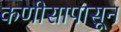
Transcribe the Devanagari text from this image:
कणीसापासून